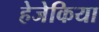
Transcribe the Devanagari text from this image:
हेजेकिया